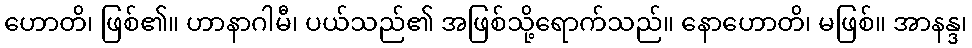
ဟောတိ၊ ဖြစ်၏။ ဟာနာဂါမီ၊ ပယ်သည်၏ အဖြစ်သို့ရောက်သည်။ နောဟောတိ၊ မဖြစ်။ အာနန္ဒ၊